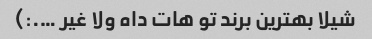
شیلا بهترین برند تو هات داه ولا غیر ….:)